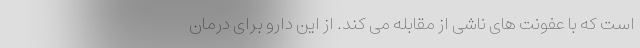
است که با عفونت های ناشی از مقابله می کند. از این دارو برای درمان